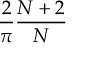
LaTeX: { \frac { 2 } { \pi } } { \frac { N + 2 } { N } }